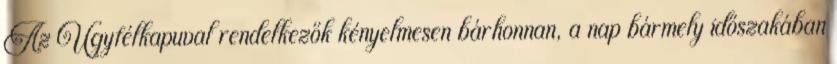
Az Ügyfélkapuval rendelkezők kényelmesen bárhonnan, a nap bármely időszakában